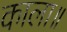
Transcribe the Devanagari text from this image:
काला॥